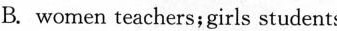
B. women teachers;girls students